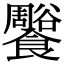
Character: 𩟨